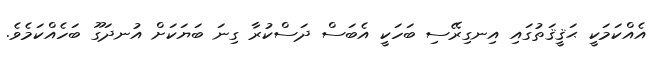
އެއްކަމަކީ ޙަޤީޤަތުގައި އިނގިރޭސި ބަހަކީ އެބަސް ދަސްކުރާ ގިނަ ބަޔަކަށް އުނދަގޫ ބަހެއްކަމެވެ.